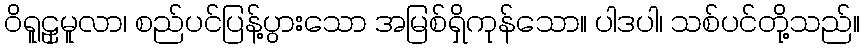
ဝိရူဠှမူလာ၊ စည်ပင်ပြန့်ပွားသော အမြစ်ရှိကုန်သော။ ပါဒပါ၊ သစ်ပင်တို့သည်။